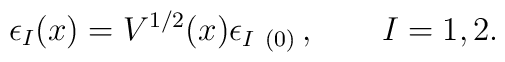
\epsilon_{I}(x) =V^{1/2} (x)\epsilon_{I\ (0)}\, , \qquad I=1,2.